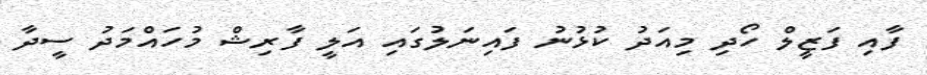
ފާއި ފަޒީލް ހޯދި މިއަދު ކުޅުނު ފައިނަލުގައި އަލީ ފާރިޝް މުހައްމަދު ސީދާ